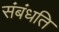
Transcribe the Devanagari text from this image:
संबंधति